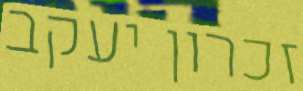
זכרון יעקב